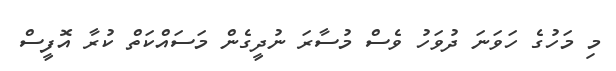
މި މަހުގެ ހަވަނަ ދުވަހު ވެސް މުސާރަ ނުދީގެން މަސައްކަތް ކުރާ އޮފީސް